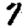
Digit: 7